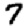
Digit: 7